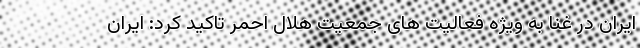
ایران در غنا به ویژه فعالیت های جمعیت هلال احمر تاکید کرد: ایران